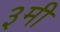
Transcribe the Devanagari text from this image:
३मी